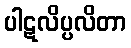
ပါဋလိပ္ပလိတာ